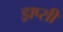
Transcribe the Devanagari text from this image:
ड्राप्सी